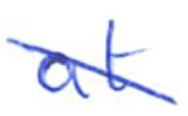
Text: at
Cross-out: diagonal
Writing tool: ballpoint